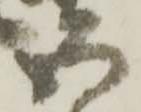
五